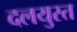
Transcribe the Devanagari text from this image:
दलयुस्त